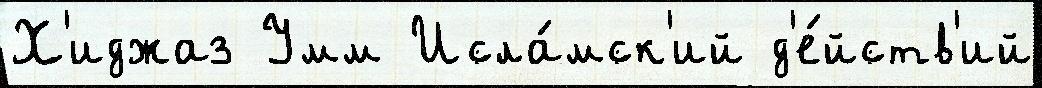
Х'иджаз Умм Исла́мск'ий д'е́йств'ий